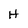
Character: H